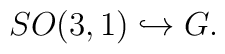
SO(3,1) \hookrightarrow G.